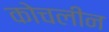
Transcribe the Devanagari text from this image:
कोचलीन